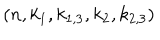
( n , k _ { 1 } , k _ { 1 , 3 } , k _ { 2 } , k _ { 2 , 3 } )